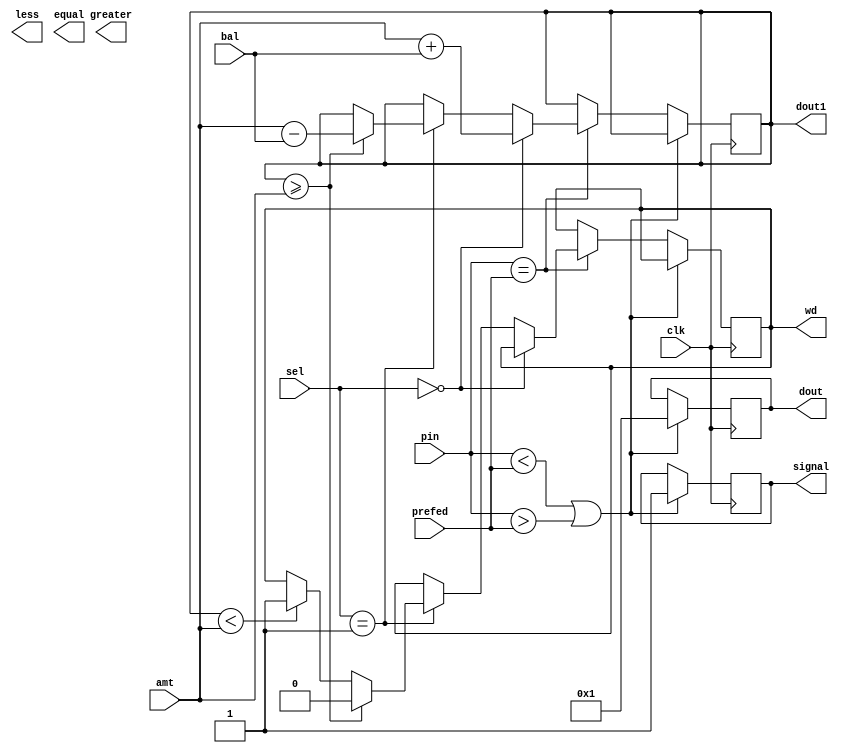
//TITLE OF THE MINI PROJECT - MINI ATM MACHINE


// NAME: KEERTHANA POLKAMPALLY
//       ARCHANA PRIYADARSHANI SAHOO


//REG NO.: 16CO131
//       : 16CO207 


//ABSTRACT: THE FOLLOWING MINI PROJECT IMPLEMENTS A MINI ATM MACHINE BY TAKING THE INPUT AS A 4 BIT PIN AND IF THE PIN 
//          MATCHES THE PREFED CODE THE MACHINE ALLOWS YOU TO DEPOSIT OR WITHDRAW AND IF THE WRONG PIN IS FED FOR MORE THAN 3 TIMES 
//          THE PROCESS TERMINATES. FOR EVERY SUCCESSFULL TRANSACTION THE BALANCE IS ALSO DISPLAYED.


//FUNCTIONALITIES: 1. CHECKS IF THE PIN IS CORRECT:
//                                                 THE MACHINE VERIFIES IF THE PIN ENTERED BY THE USER MATCHES THE PREFED PIN . THIS FUNCIONALITY 
//                                                 IS VERIFIED BY USING A  4 BIT COMPARATOR. 
//                 2. IF THE WRONG PIN IS ENTERED FOR MORE THAN 3 TIMES:
//                                                                       THIS FUNCTIONALITY IS CHECKED BY USING A 4 BIT PARALLEL ADDER SUBTRACTOR
//                                                                       AND AGAIN A COMPARATOR IS USED TO CHECK IF IT IS MORE THAN 3 OR NOT .IF IT IS THEN IT IS INDICATED BY A SIGNAL.     
//                 3. DEPOSIT OPTION: 
//                                    A SELECT OPTION IS GIVEN IF WE WANT TO OPT FOR DEPOSIT OR WITHDRAWAL .
//                                    DEPOSIT FUNCTIONALITY ALLOWS THE USER TO DEPOSIT AN AMOUNT IN THE MACHINE AND IT REMEMBERS THE AMOUNT USING THE D FLIP FLOPS .
//                                    AND A PARALLEL ADDER SUBTRACTOR AGAIN TAKES CARE OF THE TOTAL BALANCE AND ALSO REMEMBERS FOR FURTHER USE.    
//                 4. WITHDRAWAL OPTION:
//                                      WITHDRAWAL FUNCTIONALITY ALLOWS USER TO WITHDRAW FROM THE MACHINE IF SUFFICIENT BALANCE IS PRESENT IN THE MACHINE .
//                                      ELSE IT GIVES AN ERROR SIGNAL INDICATING NO SUFFICIENT BALANCE. IN CASE OF SUCCESSFULL WITHDRAWAL THE BALANCE IS AGAIN GIVEN AS THE OUTPUT.  



//DESCRIPTION OF CODE: THE CODE CONCENTRATES ON THE ABOVE MENTIONED FUNCTIONALITIES.IT MAINLY HAS 4 COMPONENTS 
//                    1. 4 BIT MAGNITUDE COMPARATOR  2. 4 BIT PARALLEL ADDER SUBTRACTOR 3. MULTIPLEXER 4.D FLIP FLOPS
//                    THE CODE CHECKS IF THE PIN ENTERED BY USER AND PREFED PIN IS EQUAL OR NOT . IF IT IS THEN DEPENDING ON MUX SELECT LINES
//                    DEPOSIT AND WITHDRAWAL OPTION IS CHOSEN AND AGAIN DEPENDING ON THE WITHDRAWAL OR DEPOSIT THE BALANCE IS DISPLAYED AFTER ADDING THE AMOUNT OR SUBTRACTING THE AMOUNT.
//                    IF THE INPUT PIN AND PREFED PASSWORD ARE NOT EQUAL THEN A COUNT IS KEPT TO CHECK IF THE WRONG PIN IS NOT FED FOR MORE THAN 3 TIMES IF IT IS FED FOR 3 MORE THAN 3 TIMES THEN
//                    THE PROCESS IS TERMINATED.      





module main(bal,signal,wd,pin,sel,amt,clk,prefed,dout1,dout,less,greater,equal);

	input [3:0]pin;       //INPUT PIN BY USER
	input [1:0]sel;       //SELECT LINES FOR MUX TO SELECT WITHDRAWAL OR DEPOSIT OPTION
	input [3:0]amt;       //INPUT AMOUNT TO BE DEPOSITED OR WITHDRAWED FROM MACHINE 
	input clk;            //CLOCK
	input [3:0]prefed;    //PREFED PIN WILL BE GIVEN IN TESTBENCH
	input [3:0]bal;       //BALANCE PRESENT IN THE MACHINE
	output signal;        //SIGNAL INDICATING IF WRONG INPUTS ARE 3 OR NOT  
	output wd;            //WITHDRAW SIGNAL INDICATING IF THE AMOUNT WE WANT TO WITHDRAW IS NOT POSSIBLE 
	output [3:0]dout;     // FINAL BALANCE TO BE OUTPUTTED
	output [3:0]dout1;
	output less;          // REGISTER VALUE TO CHECK IF THE ENTERED INPUT PIN IS WRONG AND INCREMENT THE COUNT IF ITS WRONG
	output greater;
	output equal;
	reg signal; 
	reg less;  
	reg greater;
	reg equal;
	       
	reg wd;
	reg [3:0]dout1;
	reg [3:0]dout;
	wire [3:0]pin;
	wire [3:0]bal;
	wire [3:0]amt;
	wire [1:0]sel;
	wire clk;
	wire [3:0]prefed;
always @(posedge clk)
	begin
         if( pin < prefed || pin > prefed )                         // CHECKING IF PIN IS NOT EQUAL TO PREFED
		    begin
			  dout = 4'b0000 + 4'b0001 ;                //INCREMENTING THE COUNT IF IT IS NOT EQUAL 
		          if(dout < 4'b0011 || dout == 4'b0011)     // CHECKING IF THE COUNT IS 3 
			         begin
				      signal = 1'b1;                // ASSIGNING THE SIGNAL VALUE 1 IF COUNT IS NOT 3
			         end
		          else
				  begin
				      signal = 1'b0;                // ASSIGNING THE SIGNAL VALUE 0 IF COUNT IS MORE THAN 3
				  end
		    end
	 else if(pin == prefed)                                     // CHECKING IF PIN IS EQUAL TO PREFED
	      begin
	       if(sel == 2'b00)              // CHECKING IF THE SELECT LINE FOR MUX IS DEPOSIT OR WITHDRAW WHERE 00 IS FOR DEPOSIT 
		       begin  
		       dout1 = amt + bal;                           // FINAL BALANCE AFTER DEPOSIT   
		       end 
	       else if (sel == 2'b01)                               // SELECT 01 IS FOR WITHDRAW OPTION
			 begin
			 if( dout1 >= amt)  // CHECKING IF THE AMOUNT TO BE WITHDRAWN IS GREATER THAN PRESENT ALREADY IN THE MACHINE
				 begin
				 dout1 = amt - bal;                 // FINAL BALANCE AFTER WITHDRAW
				 wd = 1'b0;                         // ASSIGNING WITHDRAW SIGNAL AS 0 IF WITHDRAW IS POSSIBLE   
				 end
			 else if (dout1 < amt)
				 begin
				 wd = 1'b1;                         // ASSIGNING WITHDRAW SIGNAL AS 1 IF WITHDRAW IS NOT POSSIBLE
				 end
			end
		end
	     
	 end
endmodule